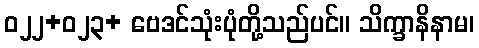
ဝ၂၂+ဝ၂၃+ ဗေဒင်သုံးပုံတို့သည်ပင်။ သိက္ခာနိနာမ၊